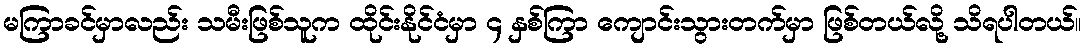
မကြာခင်မှာလည်း သမီးဖြစ်သူက ထိုင်းနိုင်ငံမှာ ၄ နှစ်ကြာ ကျောင်းသွားတက်မှာ ဖြစ်တယ်လို့ သိရပါတယ်။